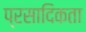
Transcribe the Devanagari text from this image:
प्रसादिकता